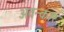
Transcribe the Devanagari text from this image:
अवन्कार